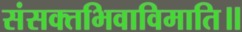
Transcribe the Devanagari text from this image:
संसक्तभिवाविमाति॥